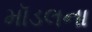
મૉડલના